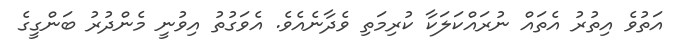
އަތުވެ އިތުރު އެތައް ނުރައްކަލަކާ ކުރިމަތި ވެދާނެއެވެ. އެވަގުތު އިވުނީ މެންދުރު ބަންގީގެ